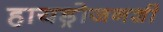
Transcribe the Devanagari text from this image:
हायड्रोजनशी